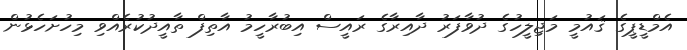
އެމްޑީޕީގެ ޤައުމީ މަޖިލީހުގެ ދުވާފަރު ދާއިރާގެ ރައީސް އިބުރާހީމު އާތިފް ތާއީދުކުރެއްވި މިހުށަހެޅުން